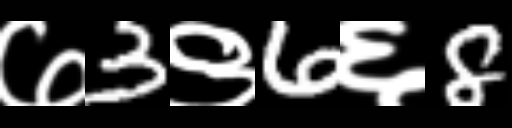
Text: ७3९6६8